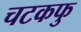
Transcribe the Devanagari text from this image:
चटकफु